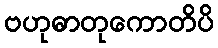
ဗဟုဓာတုကောတိပိ